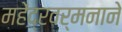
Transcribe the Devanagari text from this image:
महेंद्रवर्मनाने